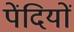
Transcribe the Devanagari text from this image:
पेंदियों